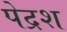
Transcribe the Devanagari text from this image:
पेद्रश